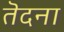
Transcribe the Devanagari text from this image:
तॆदना